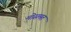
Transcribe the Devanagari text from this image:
मोसमत